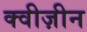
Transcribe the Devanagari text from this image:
क्वीज़ीन